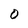
Character: o